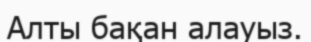
Алты бақан алауыз.